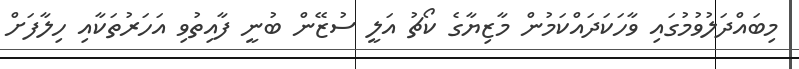
މިބައްދަލުވުމުގައި ވާހަކަދައްކަމުން މާޒިޔާގެ ކޯޗު އަލީ ސުޒޭން ބުނީ ފާއިތުވި އަހަރުތަކާއި ހިލާފަށް